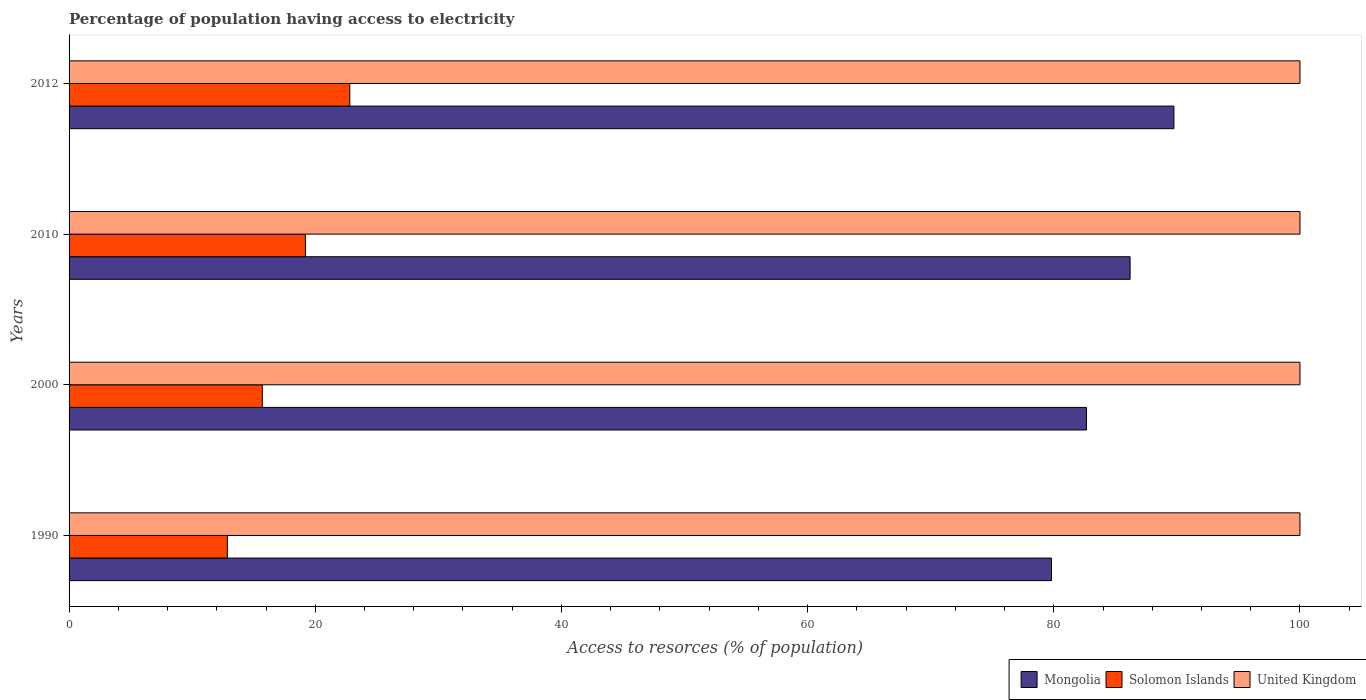
| Years | Mongolia | Solomon Islands | United Kingdom |
 | --- | --- | --- | --- |
 | 1990 | 79.8 | 12.9 | 100 |
 | 2000 | 82.7 | 15.7 | 100 |
 | 2010 | 86.2 | 19.2 | 100 |
 | 2012 | 89.8 | 22.8 | 100 |